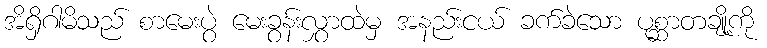
အိရှိဂါမိသည် စာမေးပွဲ မေးခွန်းလွှာထဲမှ အနည်းငယ် ခက်ခဲသော ပုစ္ဆာတချို့ကို